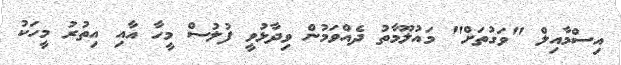
އިސްމާއިލް "ވަގުތަށް" މައުލޫމާތު ދެއްވަމުން ވިދާޅުވީ ފުލުސް މީހާ އާއި އިތުރު މީހަކު